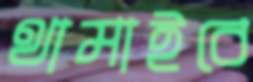
থামাইবে